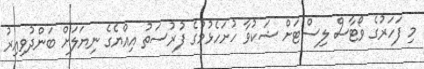
މި ފަހަރުގެ ވޯޓާސް ލިސްޓަށް ޝަކުވާ ހުށަހެޅުމުގެ ފުރުސަތު އިއްޔެގެ ނިޔަލަށް ބަންދުވިއިރު